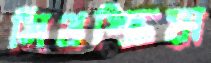
মিথস্ক্রিয়া